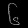
Digit: ၆